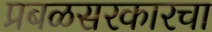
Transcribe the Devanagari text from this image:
प्रबळसरकारचा